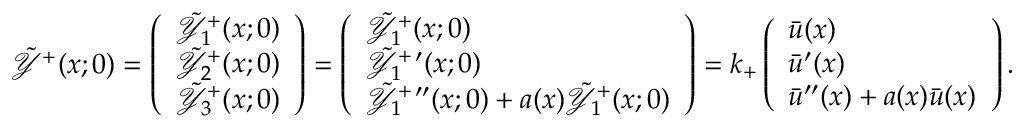
\tilde { \mathcal { Y } } ^ { + } ( x ; 0 ) = \left( \begin{array} { l } { \tilde { \mathcal { Y } } _ { 1 } ^ { + } ( x ; 0 ) } \\ { \tilde { \mathcal { Y } } _ { 2 } ^ { + } ( x ; 0 ) } \\ { \tilde { \mathcal { Y } } _ { 3 } ^ { + } ( x ; 0 ) } \end{array} \right) = \left( \begin{array} { l } { \tilde { \mathcal { Y } } _ { 1 } ^ { + } ( x ; 0 ) } \\ { \tilde { \mathcal { Y } } _ { 1 } ^ { + \, \prime } ( x ; 0 ) } \\ { \tilde { \mathcal { Y } } _ { 1 } ^ { + \, \prime \prime } ( x ; 0 ) + a ( x ) \tilde { \mathcal { Y } } _ { 1 } ^ { + } ( x ; 0 ) } \end{array} \right) = k _ { + } \left( \begin{array} { l } { \bar { u } ( x ) } \\ { \bar { u } ^ { \prime } ( x ) } \\ { \bar { u } ^ { \prime \prime } ( x ) + a ( x ) \bar { u } ( x ) } \end{array} \right) .